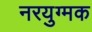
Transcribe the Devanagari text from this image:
नरयुग्मक